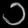
Digit: ၁